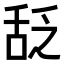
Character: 𬜆